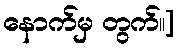
နောက်မှ တွက်။]